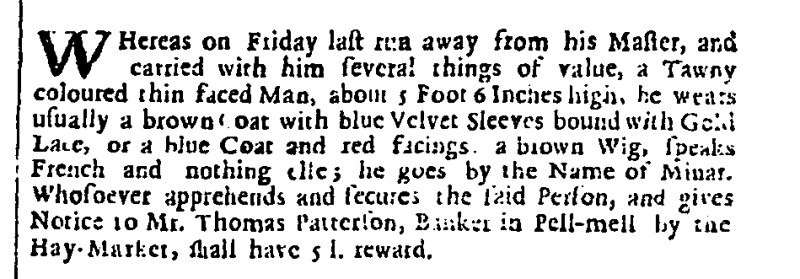
London Gazette, 18 October 1715 (England)
WHereas on Friday last run away from his Master, and carried with him several things of value, a Tawny coloured thin faced Man, about 5 Foot 6 Inches high, he wears usually a brown Coat with blue Velvet Sleeves bound with Gold Lace, or a blue Coat and red facings, a brown Wig, speaks French and nothing else; he goes by the Name of Minar. Whosoever apprehends and secures the said Person, and gives Notice to Mr. Thomas Patterson, Banker in Pell-mell by the Hay-Market, shall have 5 l. reward.